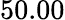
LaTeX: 50.00